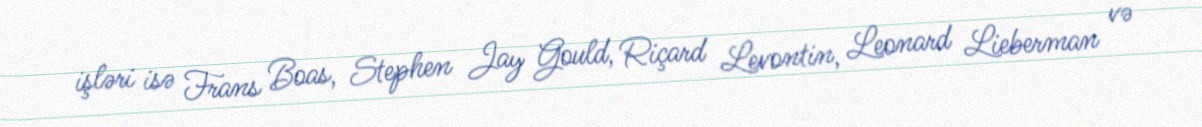
işləri isə Frans Boas, Stephen Jay Gould, Riçard Levontin, Leonard Lieberman və